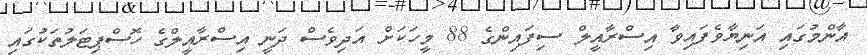
އާންމުގައި އަނިޔާވެފައިވާ އިސްރާއީލް ސިފައިންގެ 88 މީހަކަށް އަދިވެސް ދަނީ އިސްރާއީލްގެ ހޮސްޕިޓަލުތަކުގައި